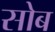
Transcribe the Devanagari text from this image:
सोब